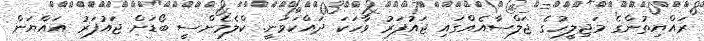
ރައްޔިތުންގެ މަޖިލީހުގެ ޖަލްސާއެއްގައި ޖައުފަރު ވާހަކަ ދައްކަވަނީ. ކްލެމެންސީ ބޯޑަށް ޖައުފަރު އައްޔަން